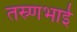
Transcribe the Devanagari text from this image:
तस्र्णभाई